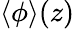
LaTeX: \langle\phi\rangle(z)